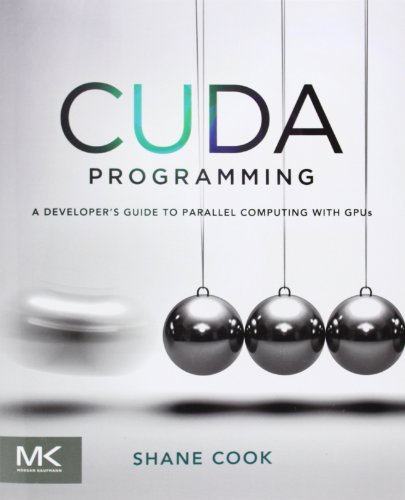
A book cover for CUDA Programming: A Developer's Guide to Parallel Computing with GPUs (Applications of Gpu Computing); Shane Cook; Computers & Technology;